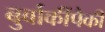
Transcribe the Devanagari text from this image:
बुर्बाकींपैकी